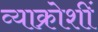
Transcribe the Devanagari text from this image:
व्याक्रोशीं